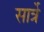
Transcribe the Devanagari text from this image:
सार्त्रे